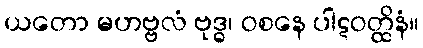
ယတော မဟဗ္ဗလံ ဗုဒ္ဓ၊ ဝစနေ ပါဋဝတ္ထိနံ။